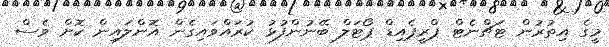
މީގެ އިތުރުން ޓަޗްނެޓް ޕްރީޕެއިޑް ޕޯޓަލް ބޭނުންފުޅު ކުރައްވައިގެން އޮންލައިން ކޮށް ވެސް